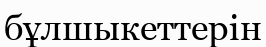
бұлшыкеттерін